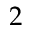
2